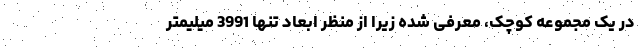
در یک مجموعه کوچک، معرفی شده زیرا از منظر ابعاد تنها 3991 میلیمتر